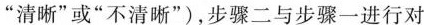
”清晰”或”不清晰”)，步骤二与步骤一进行对